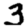
Digit: 3